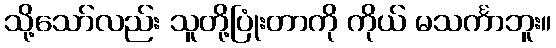
သို့သော်လည်း သူတို့ပြုံးတာကို ကိုယ် မသင်္ကာဘူး။